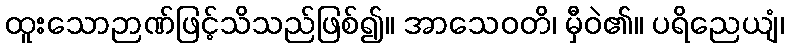
ထူးသောဉာဏ်ဖြင့်သိသည်ဖြစ်၍။ အာသေဝတိ၊ မှီဝဲ၏။ ပရိညေယျံ၊